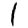
Digit: 1